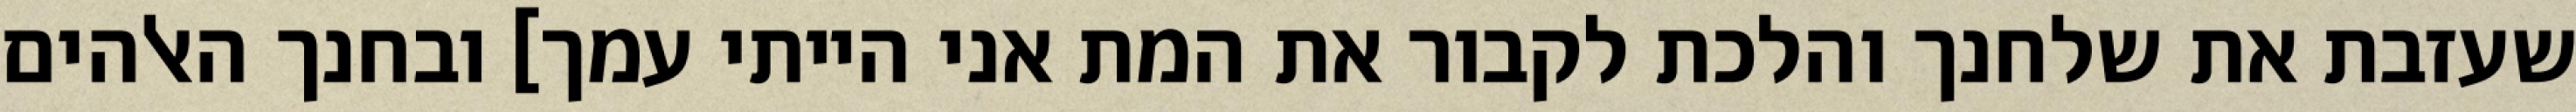
שעזבת את שלחנך והלכת לקבור את המת אני הייתי עמך] ובחנך האלהים